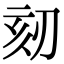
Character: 𠜨